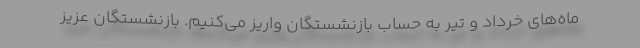
ماه‌های خرداد و تیر به حساب بازنشستگان واریز می‌کنیم. بازنشستگان عزیز